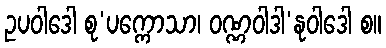
ဥပဝါဒေါ စု’ပက္ကောသာ၊ ဝဏ္ဏဝါဒါ’နုဝါဒေါ စ။